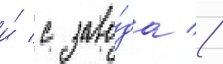
и́ с заво́да //